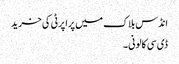
انڈس بلاک میں پراپرٹی کی خرید
ڈی سی کالونی ۔